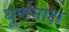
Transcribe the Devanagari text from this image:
घूर्णनाक्ष